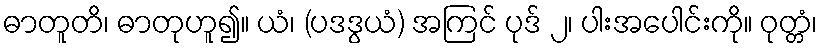
ဓာတူတိ၊ ဓာတုဟူ၍။ ယံ၊ (ပဒဒွယံ) အကြင် ပုဒ် ၂၊ ပါးအပေါင်းကို။ ဝုတ္တံ၊